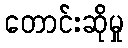
တောင်းဆိုမှု